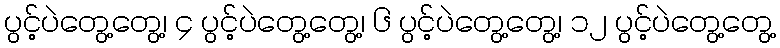
ပွင့်ပဲတွေ့တွေ့၊ ၄ ပွင့်ပဲတွေ့တွေ့၊ ၆ ပွင့်ပဲတွေ့တွေ့၊ ၁၂ ပွင့်ပဲတွေ့တွေ့